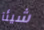
شيئآ